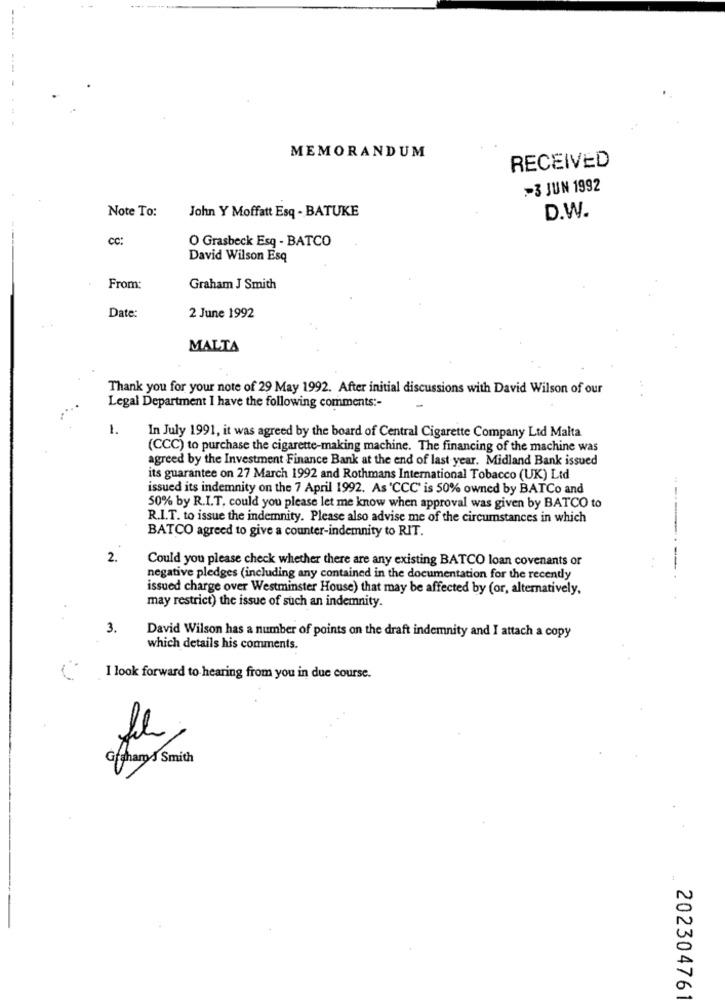
MEMORANDUM
RECEIVED
=3 JUN 1992
Note To:
John Y Moffatt Esq - BATUKE
D.W.
CC:
O Grasbeck Esq - BATCO
David Wilson Esq
From:
Graham J Smith
Date:
2 June 1992
MALTA
Thank you for your note of 29 May 1992. After initial discussions with David Wilson of our
-
Legal Department I have the following comments :-
1.
In July 1991, it was agreed by the board of Central Cigarette Company Ltd Malta
(CCC) to purchase the cigarette-making machine. The financing of the machine was
agreed by the Investment Finance Bank at the end of last year. Midland Bank issued
its guarantee on 27 March 1992 and Rothmans International Tobacco (UK) Ltd
issued its indemnity on the 7 April 1992. As 'CCC' is 50% owned by BATCo and
50% by R.I.T. could you please let me know when approval was given by BATCO to
R.I.T. to issue the indemnity. Please also advise me of the circumstances in which
BATCO agreed to give a counter-indemnity to RIT.
2.
Could you please check whether there are any existing BATCO loan covenants or
negative pledges (including any contained in the documentation for the recently
issued charge over Westminster House) that may be affected by (or, alternatively,
may restrict) the issue of such an indemnity.
3.
David Wilson has a number of points on the draft indemnity and I attach a copy
which details his comments.
I look forward to hearing from you in due course.
Grahams Smith
20230476